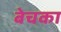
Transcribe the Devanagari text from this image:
बेचका